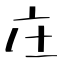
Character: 庄